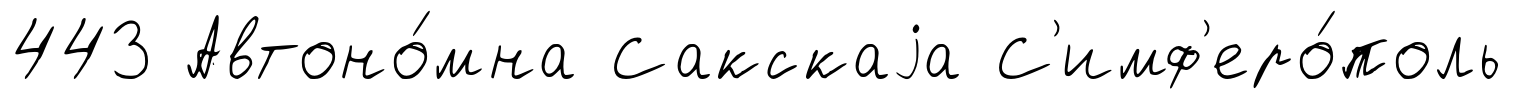
443 Автоно́мна Сакскаjа С'имф'еро́поль